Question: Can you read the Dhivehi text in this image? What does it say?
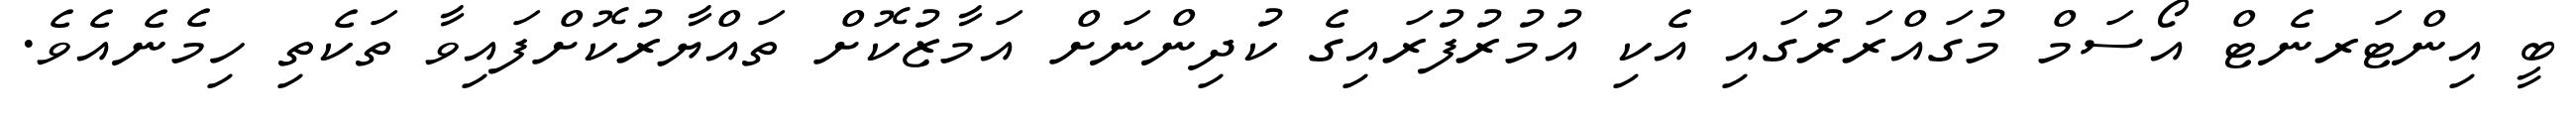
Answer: ބީ އިންޓަރނެޓް އޯސަމް މުގައްރަރުގައި އެކި އުމުރުފުރައިގެ ކުދިންނަށް އަމާޒުކޮށް ތައްޔާރުކޮށްފައިވާ ތަކެތި ހިމެނެއެވެ.